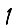
Digit: 1